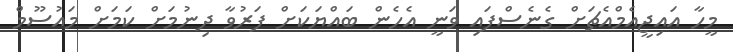
މީހާ އައިޖީއެމްއެޗަށް ގެނެސްފައި ވަނީ އެހެން ބައްޔަކަށް ފަރުވާ ދިނުމަށް ކަމަށް މައުސޫމް